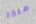
ماذا